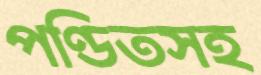
পণ্ডিতসহ